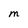
Character: M